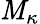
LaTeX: \mathit{M}_{\kappa}